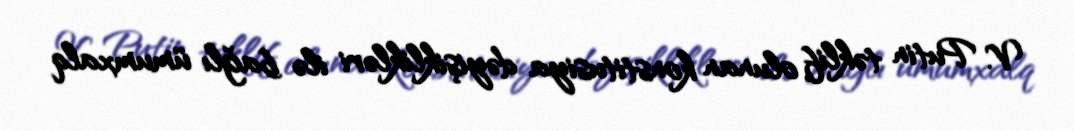
V. Putin təklif olunan konstitusiya dəyişiklikləri ilə bağlı ümumxalq